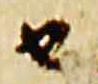
由